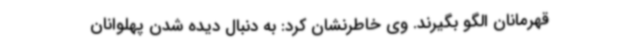
قهرمانان الگو بگیرند. وی خاطرنشان کرد: به دنبال دیده شدن پهلوانان